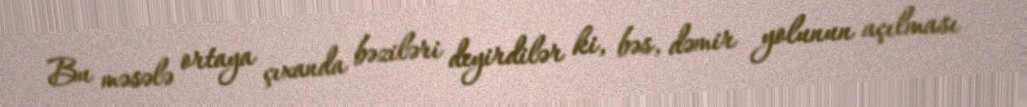
Bu məsələ ortaya çıxanda bəziləri deyirdilər ki, bəs, dəmir yolunun açılması